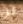
هل